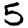
Digit: 5